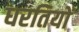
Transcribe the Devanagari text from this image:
धरतियों